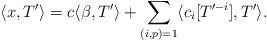
LaTeX: \begin{align*}\langle x, T' \rangle =c\langle \beta, T' \rangle + \sum_{(i,p)=1} \langle c_i [ T'^{-i} ],T' \rangle.\end{align*}